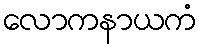
လောကနာယကံ